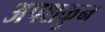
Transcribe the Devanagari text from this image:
अपशकुुन